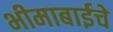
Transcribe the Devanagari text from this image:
भीमाबाईचे